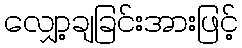
လျှော့ချခြင်းအားဖြင့်